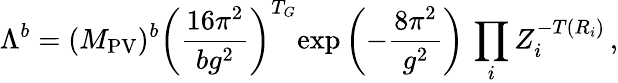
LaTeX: \Lambda^{b}=(M_{\mathrm{PV}})^{b}\left(\frac{16\pi^{2}}{bg^{2}}\right)^{T_{G}}\! \exp\left(-\frac{8\pi^{2}}{g^{2}}\right)\, \prod_{i}Z_{i}^{-T(R_{i})}\, ,